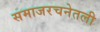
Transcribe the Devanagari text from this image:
समाजरचनेतली